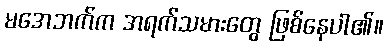
မအေဘက်က အရက်သမားတွေ ဖြစ်နေပါ၏။